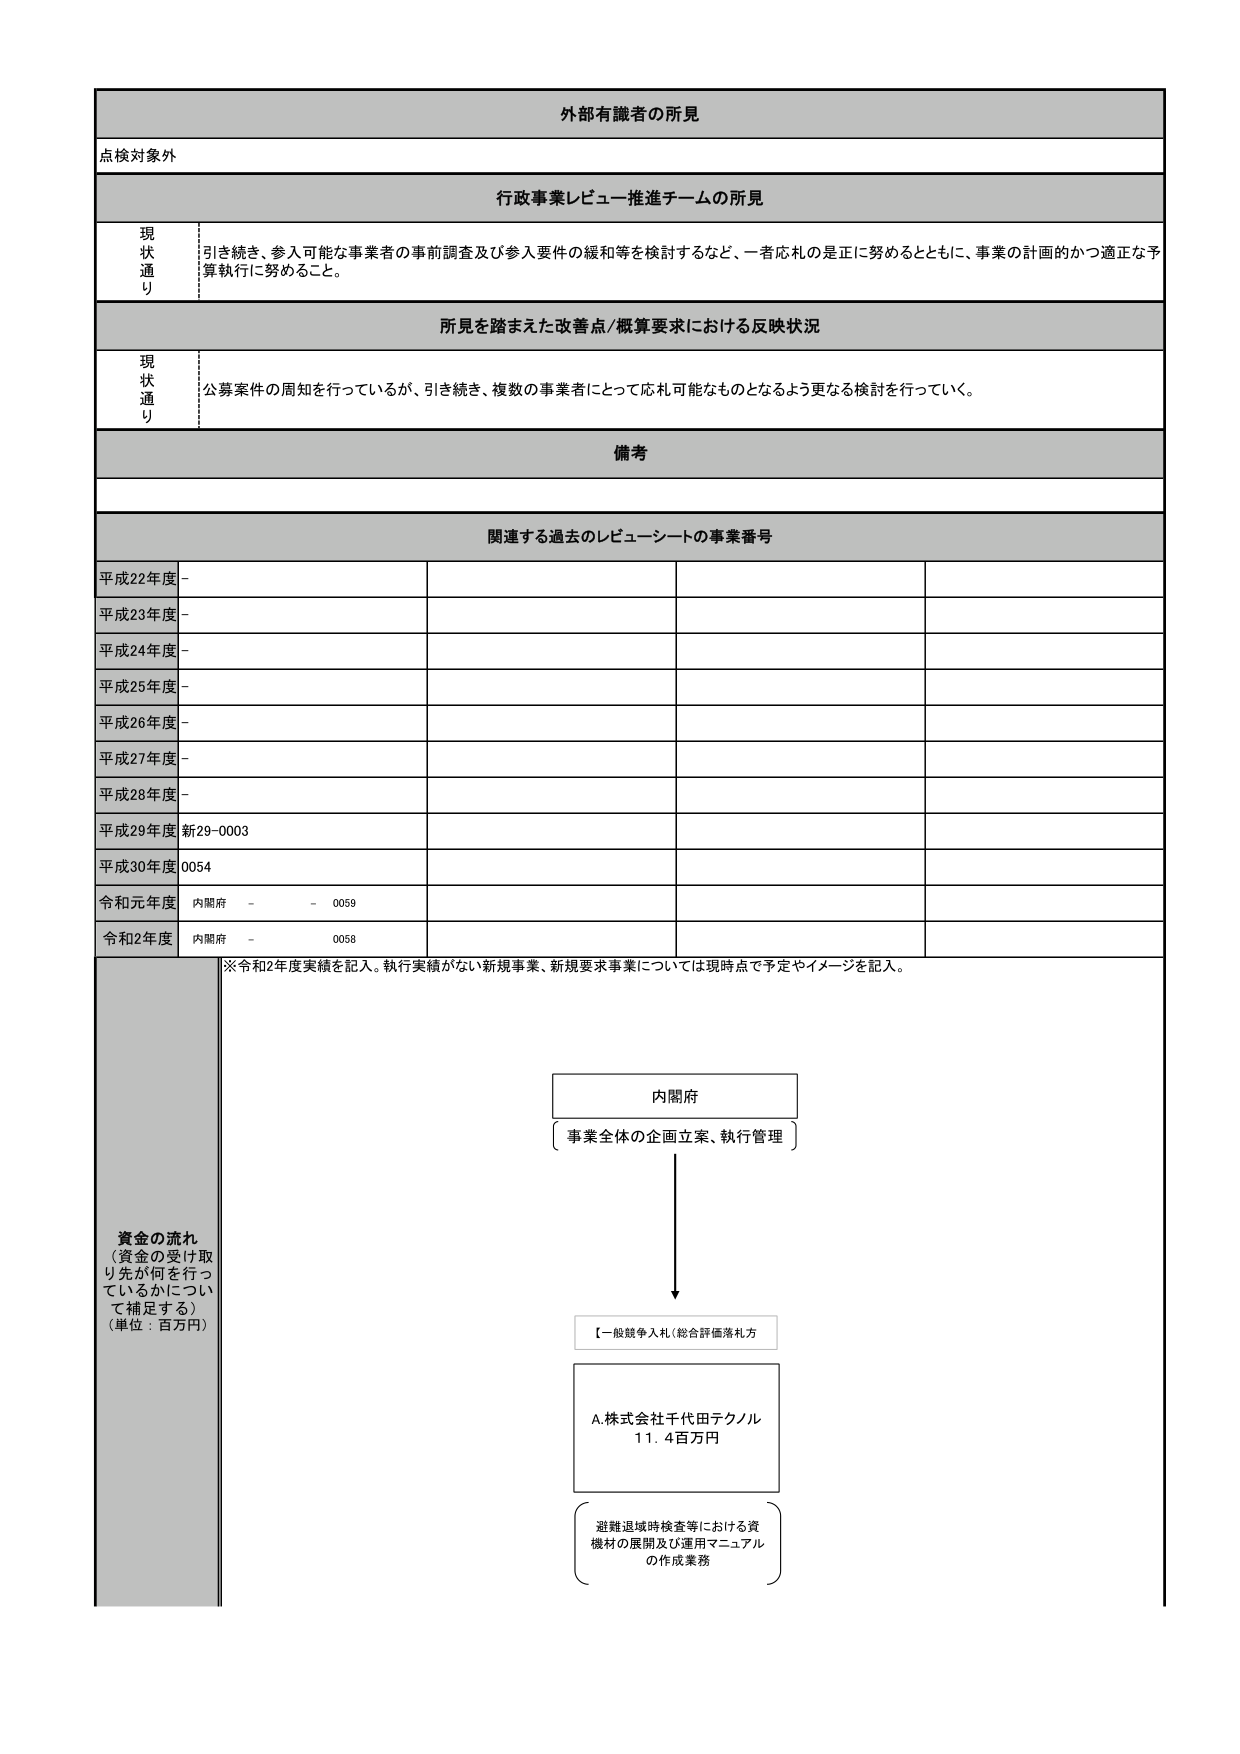
外部有識者の所見
点検対象外

行政事業レビュー推進チームの所見
現状通り
引き続き、参入可能な事業者の事前調査及び参入要件の緩和等を検討するなど、一者応札の是正に努めるとともに、事業の計画的かつ適正な予算執行に努めること。

所見を踏まえた改善点/概算要求における反映状況
現状通り
公募案件の周知を行っているが、引き続き、複数の事業者にとって応札可能なものとなるよう更なる検討を行っていく。

備考

関連する過去のレビューシートの事業番号
平成22年度 -
平成23年度 -
平成24年度 -
平成25年度 -
平成26年度 -
平成27年度 -
平成28年度 -
平成29年度 新29-0003
平成30年度 0054
令和元年度 内閣府 - - 0059
令和2年度 内閣府 - 0058

※令和2年度実績を記入。執行実績がない新規事業、新規要求事業については現時点で予定やイメージを記入。

資金の流れ
（資金の受け取り先が何を行っているかについて補足する）
（単位：百万円）

内閣府
事業全体の企画立案、執行管理

【一般競争入札（総合評価落札方式）】

A.株式会社千代田テクノル
11.4百万円

避難退域時検査等における資機材の展開及び運用マニュアルの作成業務